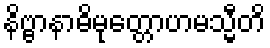
နိဗ္ဗာနာဓိမုတ္တောဟမသ္မီတိ